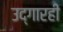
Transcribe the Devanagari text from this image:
उद्‌गारही